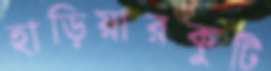
হাড়িয়ারকুটি